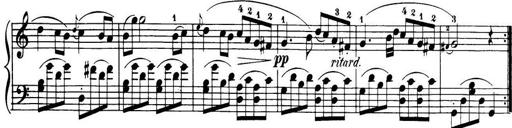
Title: 32 Sonatinas and Rondos for the Piano
Composer: Richard Kleinmichel